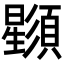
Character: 𣌌